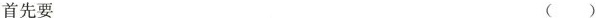
首先要 ( )